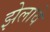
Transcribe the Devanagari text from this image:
झेलावे